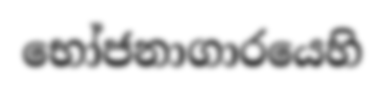
භෝජනාගාරයෙහි